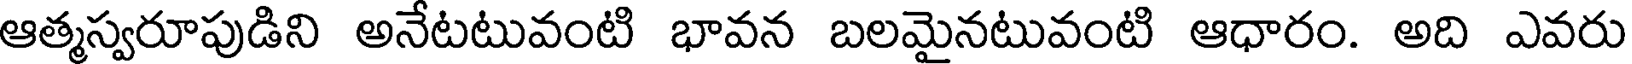
ఆత్మస్వరూపుడిని అనేటటువంటి భావన బలమైనటువంటి ఆధారం. అది ఎవరు